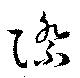
際